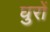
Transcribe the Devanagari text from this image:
घुरों